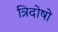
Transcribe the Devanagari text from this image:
त्रिदोषो